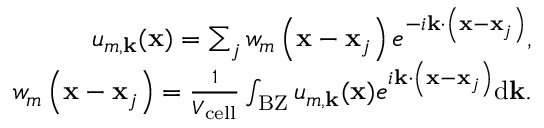
\begin{array} { r } { u _ { m , \mathbf { k } } ( \mathbf { x } ) = \sum _ { j } w _ { m } \left( \mathbf { x } - \mathbf { x } _ { j } \right) e ^ { - i \mathbf { k } \cdot \left( \mathbf { x } - \mathbf { x } _ { j } \right) } , } \\ { w _ { m } \left( \mathbf { x } - \mathbf { x } _ { j } \right) = \frac { 1 } { V _ { \mathrm { c e l l } } } \int _ { \mathrm { B Z } } u _ { m , \mathbf { k } } ( \mathbf { x } ) e ^ { i \mathbf { k } \cdot \left( \mathbf { x } - \mathbf { x } _ { j } \right) } \mathrm { d } \mathbf { k } . } \end{array}